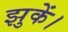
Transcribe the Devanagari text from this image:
झुकें।